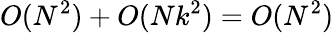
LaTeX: O(N^{2})+O(Nk^{2})=O(N^{2})